Scottish Leaving Certificate Examination, 1961
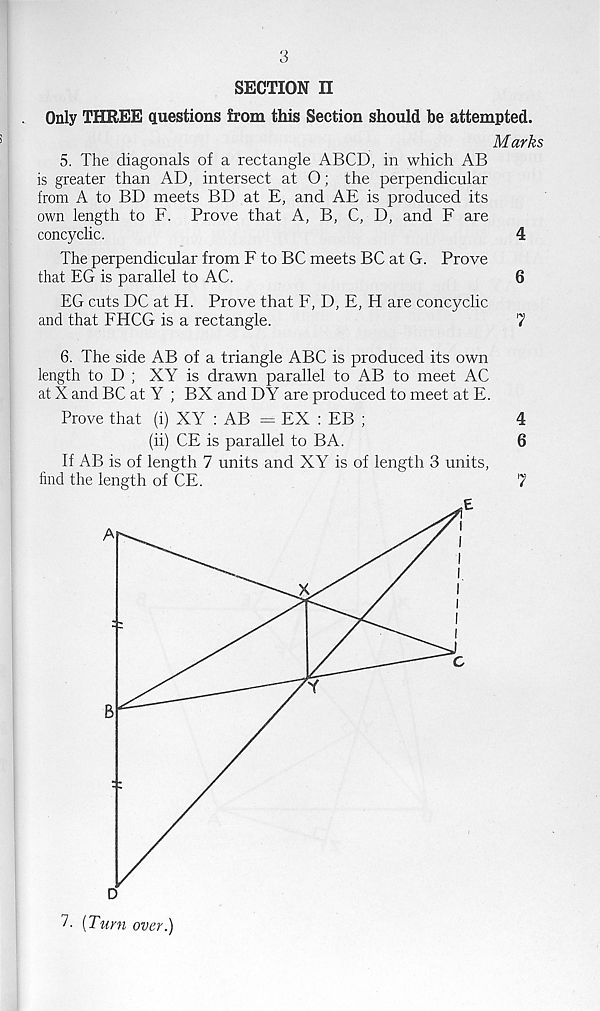
3
SECTION n
Only THREE questions from this Section should be attempted.
Marks
5. The diagonals of a rectangle ABCD, in which AB
is greater than AD, intersect at O; the perpendicular
from A to BD meets BD at E, and AE is produced its
own length to F. Prove that A, B, C, D, and F are
coney clic.
4
The perpendicular from F to BC meets BC at G. Prove
that EG is parallel to AC.
6
EG cuts DC at H. Prove that F, D, E, H are concyclic
and that FHCG is a rectangle.
1
6. The side AB of a triangle ABC is produced its own
length to D ; XY is drawn parallel to AB to meet AC
at X and BC at Y ; BX and DY are produced to meet at E.
Prove that (i) XY : AB = EX : EB ;
4
(ii) CE is parallel to BA.
6
If AB is of length 7 units and XY is of length 3 units,
find the length of CE.
7